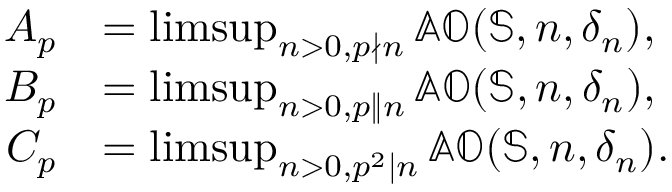
\begin{array} { r l } { A _ { p } } & { = \operatorname* { l i m s u p } _ { n > 0 , p \nmid n } \mathbb { A O } ( \mathbb { S } , n , \delta _ { n } ) , } \\ { B _ { p } } & { = \operatorname* { l i m s u p } _ { n > 0 , p \Vert n } \mathbb { A O } ( \mathbb { S } , n , \delta _ { n } ) , } \\ { C _ { p } } & { = \operatorname* { l i m s u p } _ { n > 0 , p ^ { 2 } \mid n } \mathbb { A O } ( \mathbb { S } , n , \delta _ { n } ) . } \end{array}